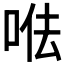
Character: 𠳷